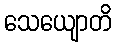
သေယျောတိ